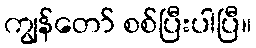
ကျွန်တော် စစ်ပြီးပါပြီ။